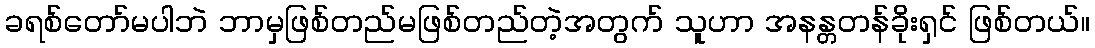
ခရစ်တော်မပါဘဲ ဘာမှဖြစ်တည်မဖြစ်တည်တဲ့အတွက် သူဟာ အနန္တတန်ခိုးရှင် ဖြစ်တယ်။